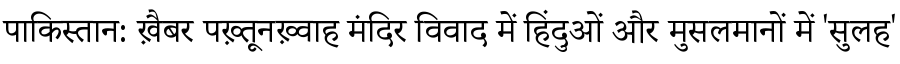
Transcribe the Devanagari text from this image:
पाकिस्तान: ख़ैबर पख़्तूनख़्वाह मंदिर विवाद में हिंदुओं और मुसलमानों में 'सुलह'